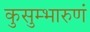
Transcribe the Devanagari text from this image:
कुसुम्भारुणं